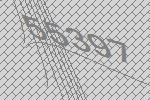
55397